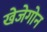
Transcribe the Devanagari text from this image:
खेजेगोन